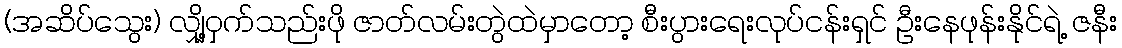
(အဆိပ်သွေး) လျှို့ဝှက်သည်းဖို ဇာတ်လမ်းတွဲထဲမှာတော့ စီးပွားရေးလုပ်ငန်းရှင် ဦးနေဖုန်းနိုင်ရဲ့ ဇနီး